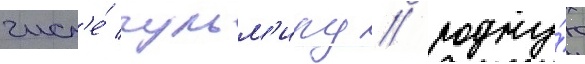
числ'е́ гульм'иру / родну́ю